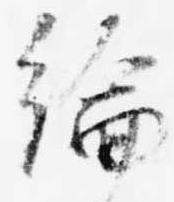
綸